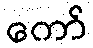
ကော်